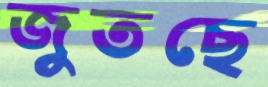
জুতছে